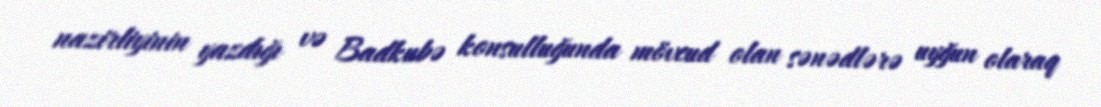
nazirliyinin yazdığı və Badkubə konsulluğunda mövcud olan sənədlərə uyğun olaraq